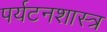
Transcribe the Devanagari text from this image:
पर्यटनशास्त्र